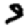
Digit: 9